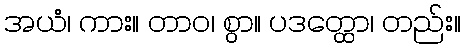
အယံ၊ ကား။ တာဝ၊ စွာ။ ပဒတ္ထော၊ တည်း။